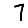
Digit: 7